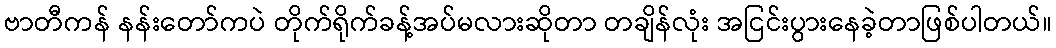
ဗာတီကန် နန်းတော်ကပဲ တိုက်ရိုက်ခန့်အပ်မလားဆိုတာ တချိန်လုံး အငြင်းပွားနေခဲ့တာဖြစ်ပါတယ်။